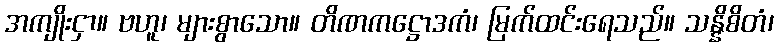
အကျိုးငှာ။ ဗဟူ၊ များစွာသော။ တိဏကဋ္ဌောဒကံ၊ မြက်ထင်းရေသည်။ သန္နိစိတံ၊